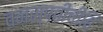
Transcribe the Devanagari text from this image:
वनस्पतींचींहि